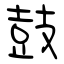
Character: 鼓